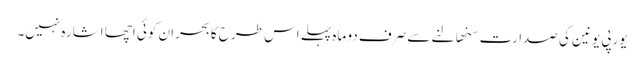
یورپی یونین کی صدارت سنھالنے سے صرف دو ماہ پہلے اس طرح کا بحران کوئی اچھا اشارہ نہیں۔